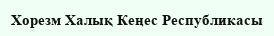
Хорезм Халық Кеңес Республикасы